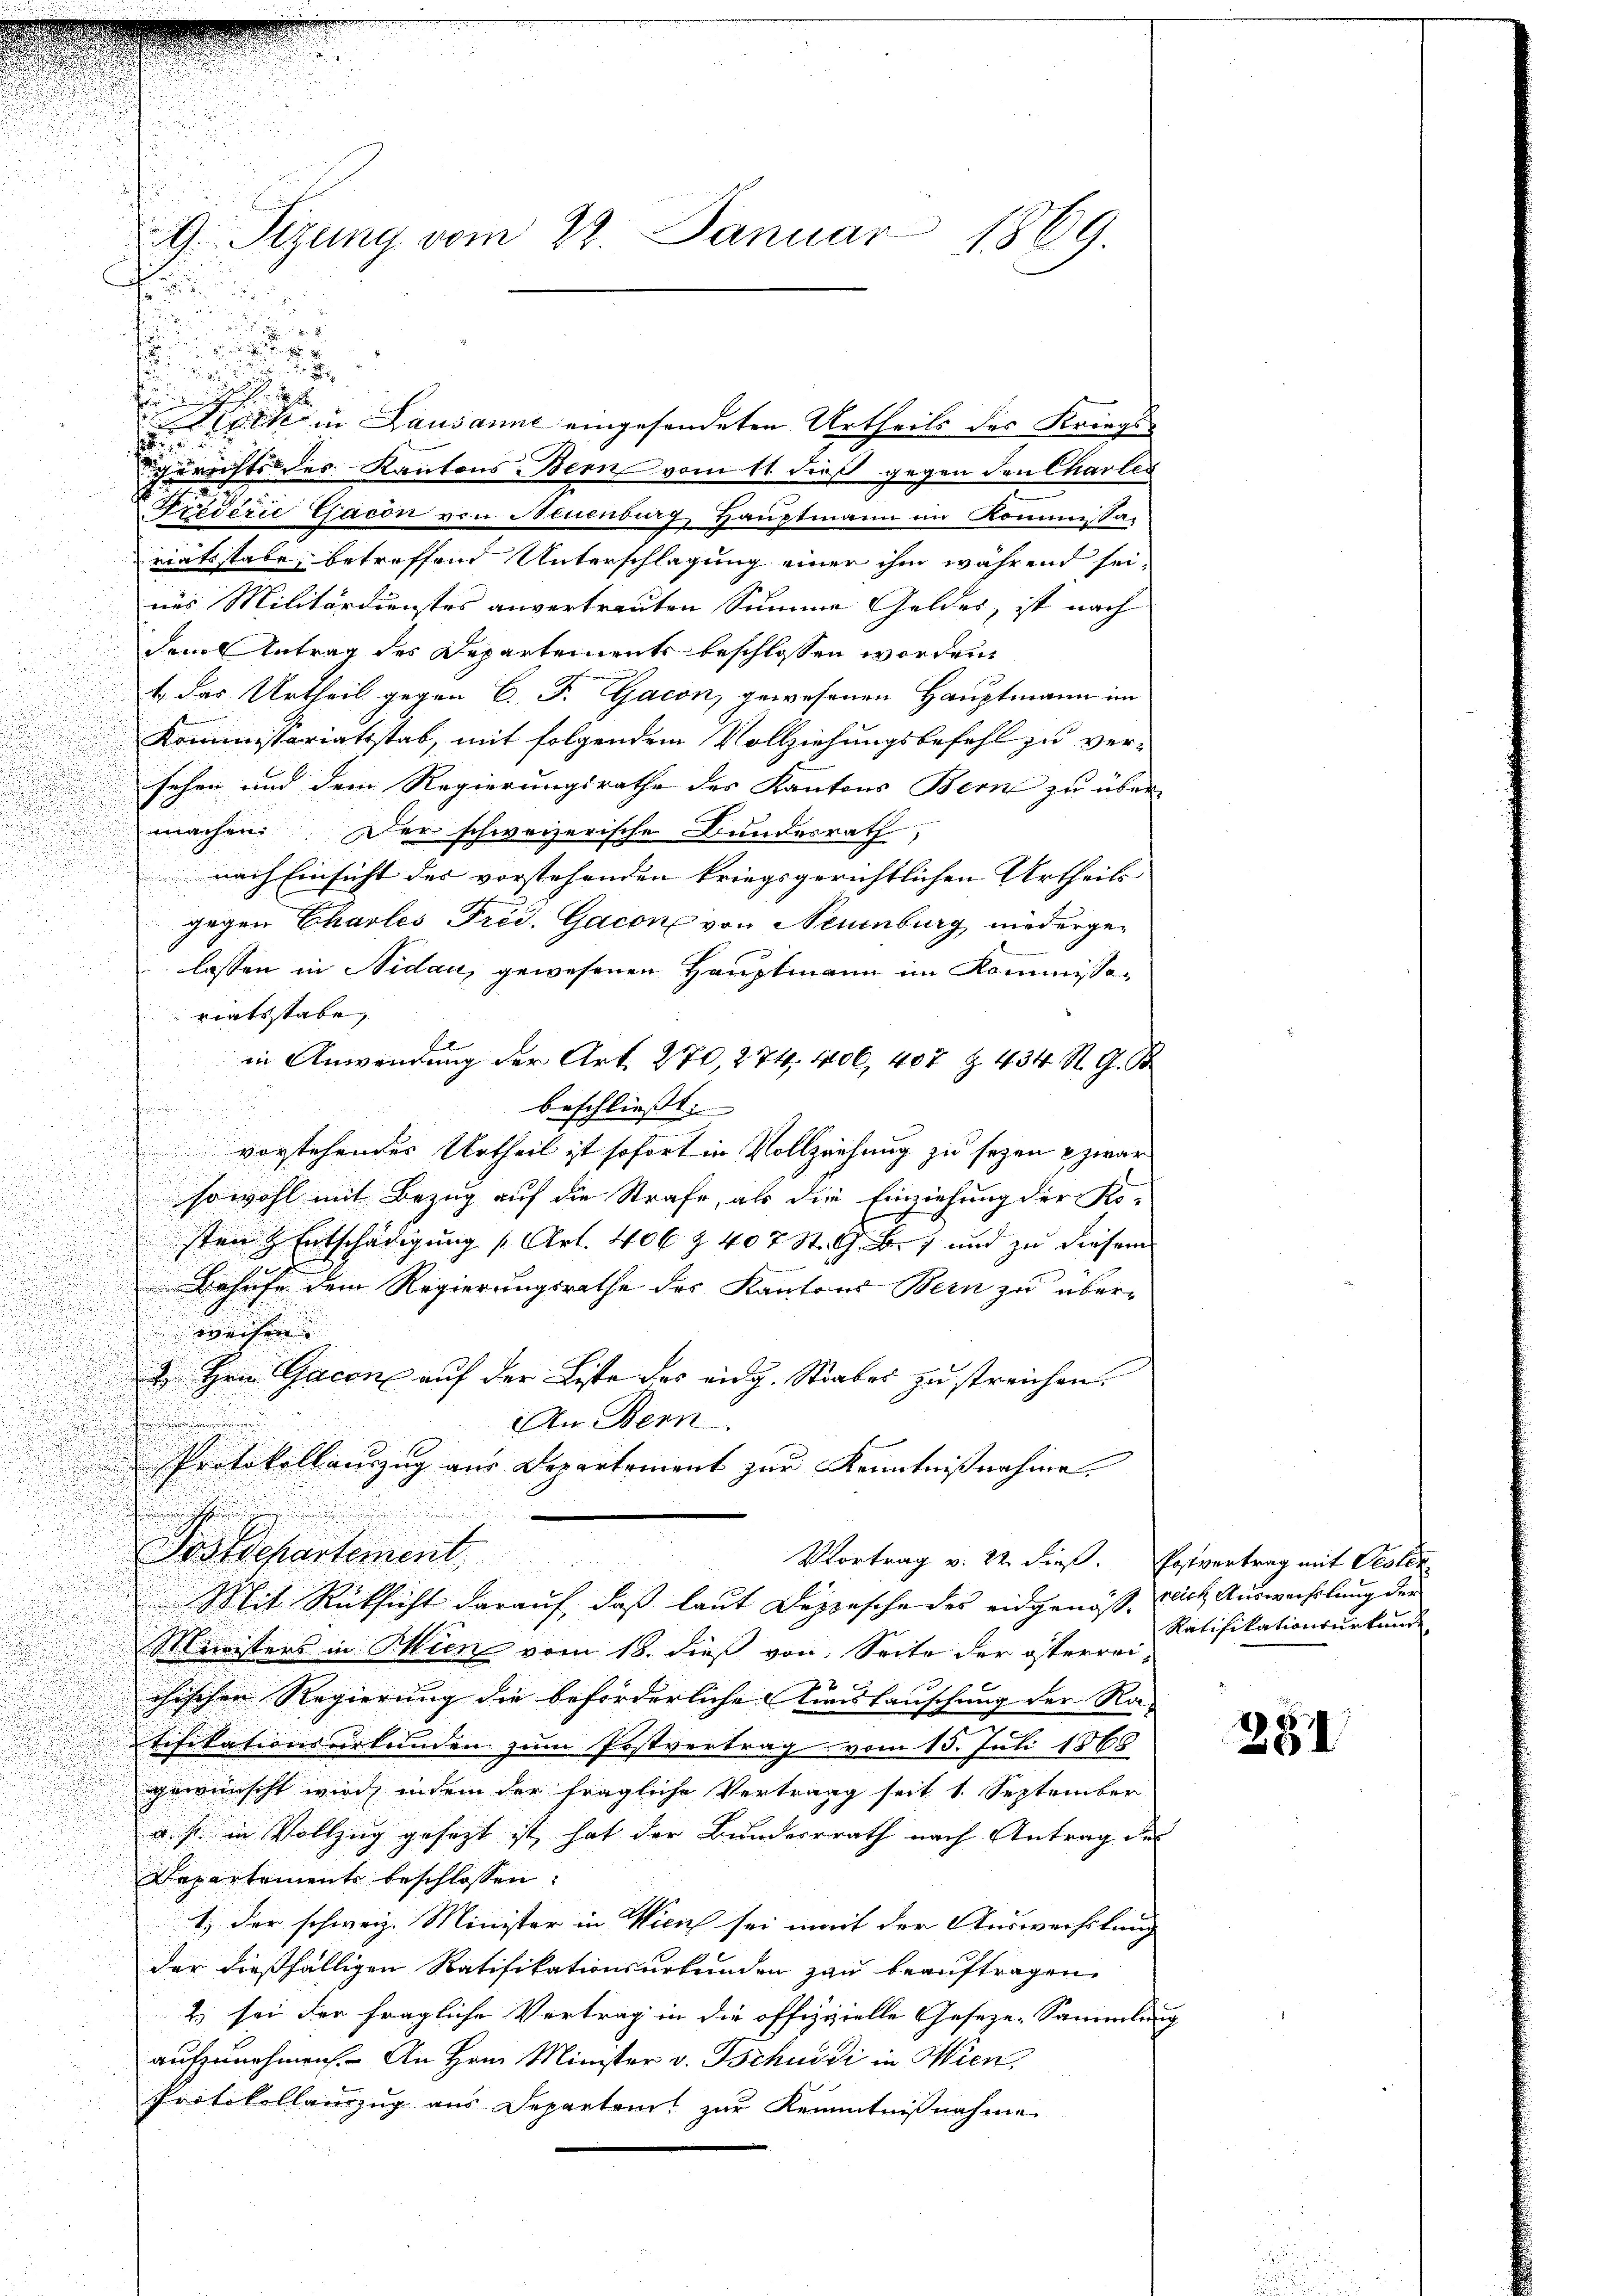
G Sizung vom 23. Januar 1869.
d

e
Meck in Lausanne eingesendeten Urtheils des Kriegs¬

Zurichts des Kantons-Bern vom 11. dieß gegen den Charles
Priderie Gacon von Neuenburg, Hauptmann im Kommissariatsstabe, betreffend Unterschlagung einer ihm während sei,
nes Militärdienstes anvertrauten Summe Geldes, ist nach
dem Antrag des Departements beschlossen worden,
t das Urtheil gegen C. F. Gacon gewesenen Hauptmann im
Kommissariatsstab, mit folgendem Vollziehungsbefehl zu ver-
sehen und dem Regierungsrathe des Kantons Bern zu übermachen. Der schweizerische Bundesrath,
 nach Einsicht des vorstehenden kriegsgerichtlichen Urtheils
gegen Charles Frei. Gacone von Neuenburg, niederged
lassen in Nidau, gewesenen Hauptmann im Kommissariatsstaben, |
in Anwendung der Art. 270 274. 406, 407 Z. 434 St. G. B
u
beschliesst:
vorstehendes Urtheil ist sofort in Vollziehung zu seyen & zwar
sowohl mit Bezug auf die Strafe, als die Einziehung der Ko-
sten & Entschädigung (Art. 406 Z. 407 St. G. B., und zu diesem
Behufe dem Regierungsrathe des Kantons Bern zu über-
weisen. |
2 Hrn. Gacene auf der Liste des eidg. Strabes zu streichen.
An Bern.
Protokollauszug aus Departement zur Kenntnißnahme.
Postdepartement.
Vortrag v. 22. dieß. Postvertrag mit Peolen
Mit Rücksicht darauf, daß laut Depesche des eidgenöß, nach Auswechslung der
Ministers in Thien vom 18. dieß von Seite der österrei-
2 x
chischen Regierung die beförderliche Auslauschung der Ra-
tifikationsurkunden zum Postvertrag vom 15. Juli 1868
gewünscht wird, indem der fragliche Vertragg seit 1. September
u. s. in Vollzug gesezt ist, hat der Bunderrrath nach Antrag des
Departement beschlossen:
1) der schweiz. Minister in Wien sei mit der Auswechslung
der dießfälligen Ratifikationsurkunden zu beauftragen,
2) sei der fragliche Vertrag in die offizielle Geseze-Sammlung
aufzunehmen. An Hrn. Minister v. Tschudi in Wien,
Protokollauszug aus Departeit zur Kenntnißnahme

Ratifikationsurkunde

281